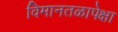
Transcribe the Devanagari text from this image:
विमानतळापेक्षा